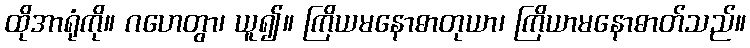
ထိုအာရုံကို။ ဂဟေတွာ၊ ယူ၍။ ကြိယမနောဓာတုယာ၊ ကြိယာမနောဓာတ်သည်။